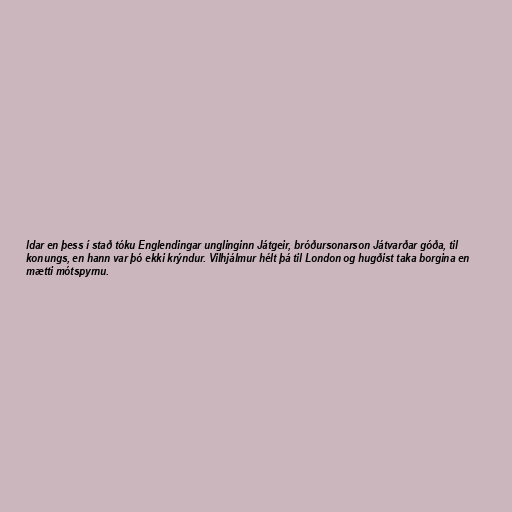
ldar en þess í stað tóku Englendingar unglinginn Játgeir, bróðursonarson Játvarðar góða, til
konungs, en hann var þó ekki krýndur. Vilhjálmur hélt þá til London og hugðist taka borgina en
mætti mótspyrnu.